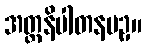
အတ္တနိပါတနပဥှ။